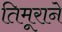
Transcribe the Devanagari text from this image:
तिमूराने